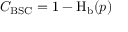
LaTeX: C _ { \mathrm { B S C } } = 1 - \operatorname { H } _ { \mathrm { b } } ( p )